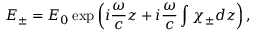
E _ { \pm } = E _ { 0 } \exp \left( i \frac { \omega } { c } z + i \frac { \omega } { c } \int \chi _ { \pm } d z \right) ,